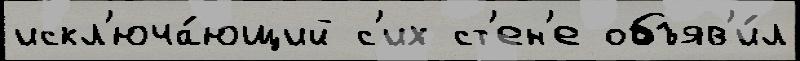
искл'юча́ющий с'их ст'ен'е объяв'и́л